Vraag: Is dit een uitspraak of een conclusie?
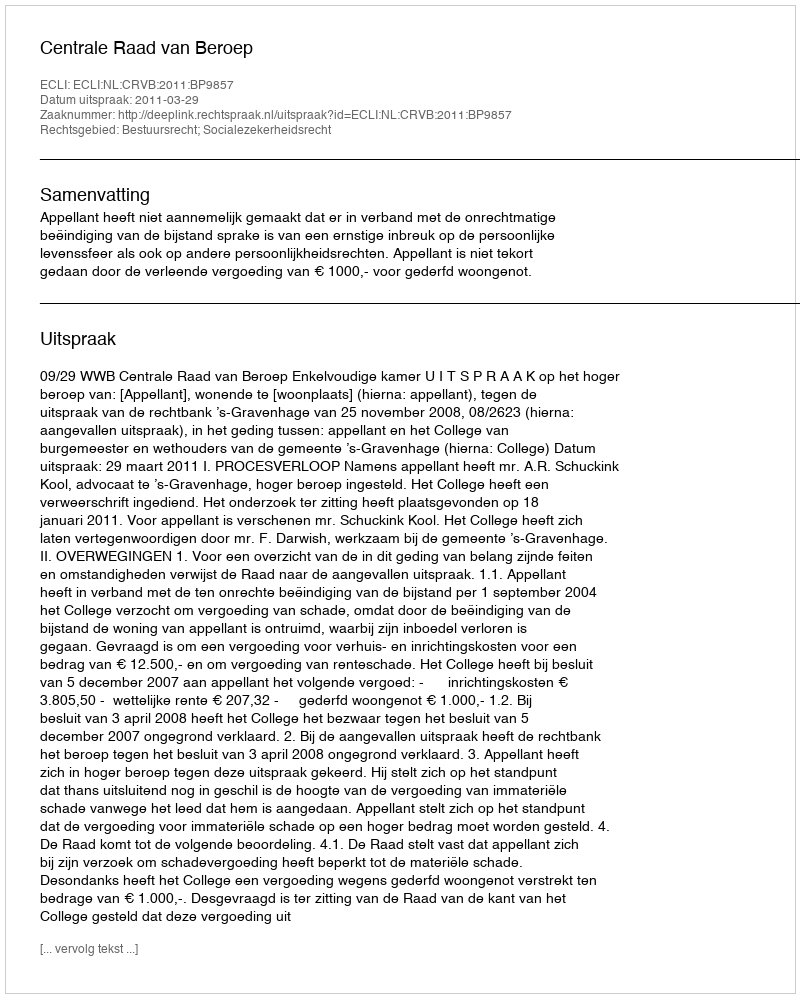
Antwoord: Uitspraak